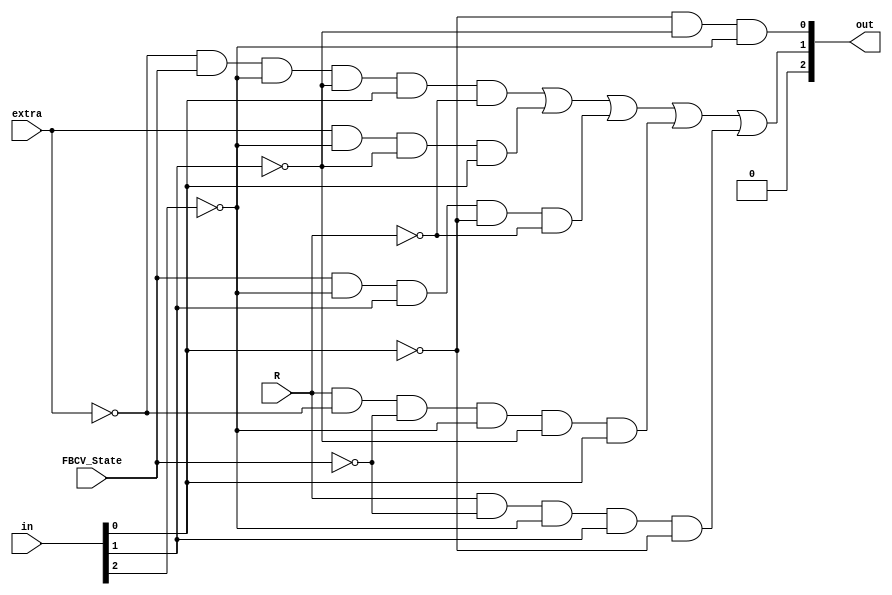
module RND_COMBLOGSTATE_VERILOG
(
input [2:0] in,
input extra,
input R, //RND_STATE
input FBCV_State,
output [2:0] out
);
assign out[0]= ~in[0] & ~in[1] & ~in[2];
assign out[1]= (~extra & FBCV_State & ~in[2] & ~in[1] & in[0] & ~R) | (extra & ~in[2] & ~in[1] & in[0]) | (FBCV_State & ~in[2] & in[1] & ~in[0] & ~R) | (R & ~extra & ~FBCV_State & ~in[2] & ~in[1] & in[0]) | (R & ~FBCV_State & ~in[2] & in[1] & ~in[0]);
assign out[2]=0;

endmodule